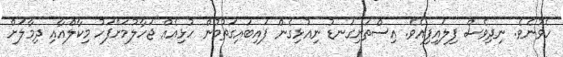
ހެވުނެވެ. ނިދިވެސް ފިލައިފިއެވެ. އިސްތަށިގަނޑު ނިއުޅިގެން ފައިބައިގަތުމުން ހުޅިއެއް ޖަހާލުމަށްފަހު މިކާލްއާއި ދިމާލަށް